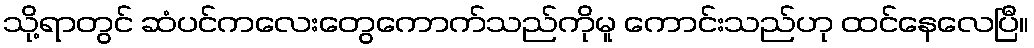
သို့ရာတွင် ဆံပင်ကလေးတွေကောက်သည်ကိုမူ ကောင်းသည်ဟု ထင်နေလေပြီ။